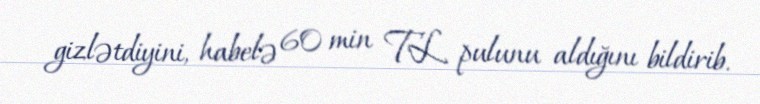
gizlətdiyini, habelə 60 min TL pulunu aldığını bildirib.